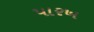
પારખ